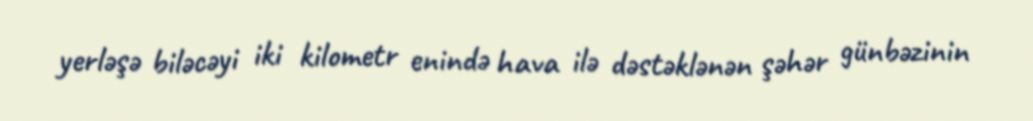
yerləşə biləcəyi iki kilometr enində hava ilə dəstəklənən şəhər günbəzinin